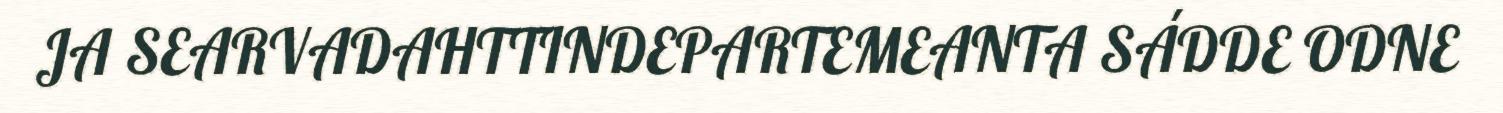
JA SEARVADAHTTINDEPARTEMEANTA SÁDDE ODNE